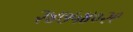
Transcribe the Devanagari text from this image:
२४७५४०२९